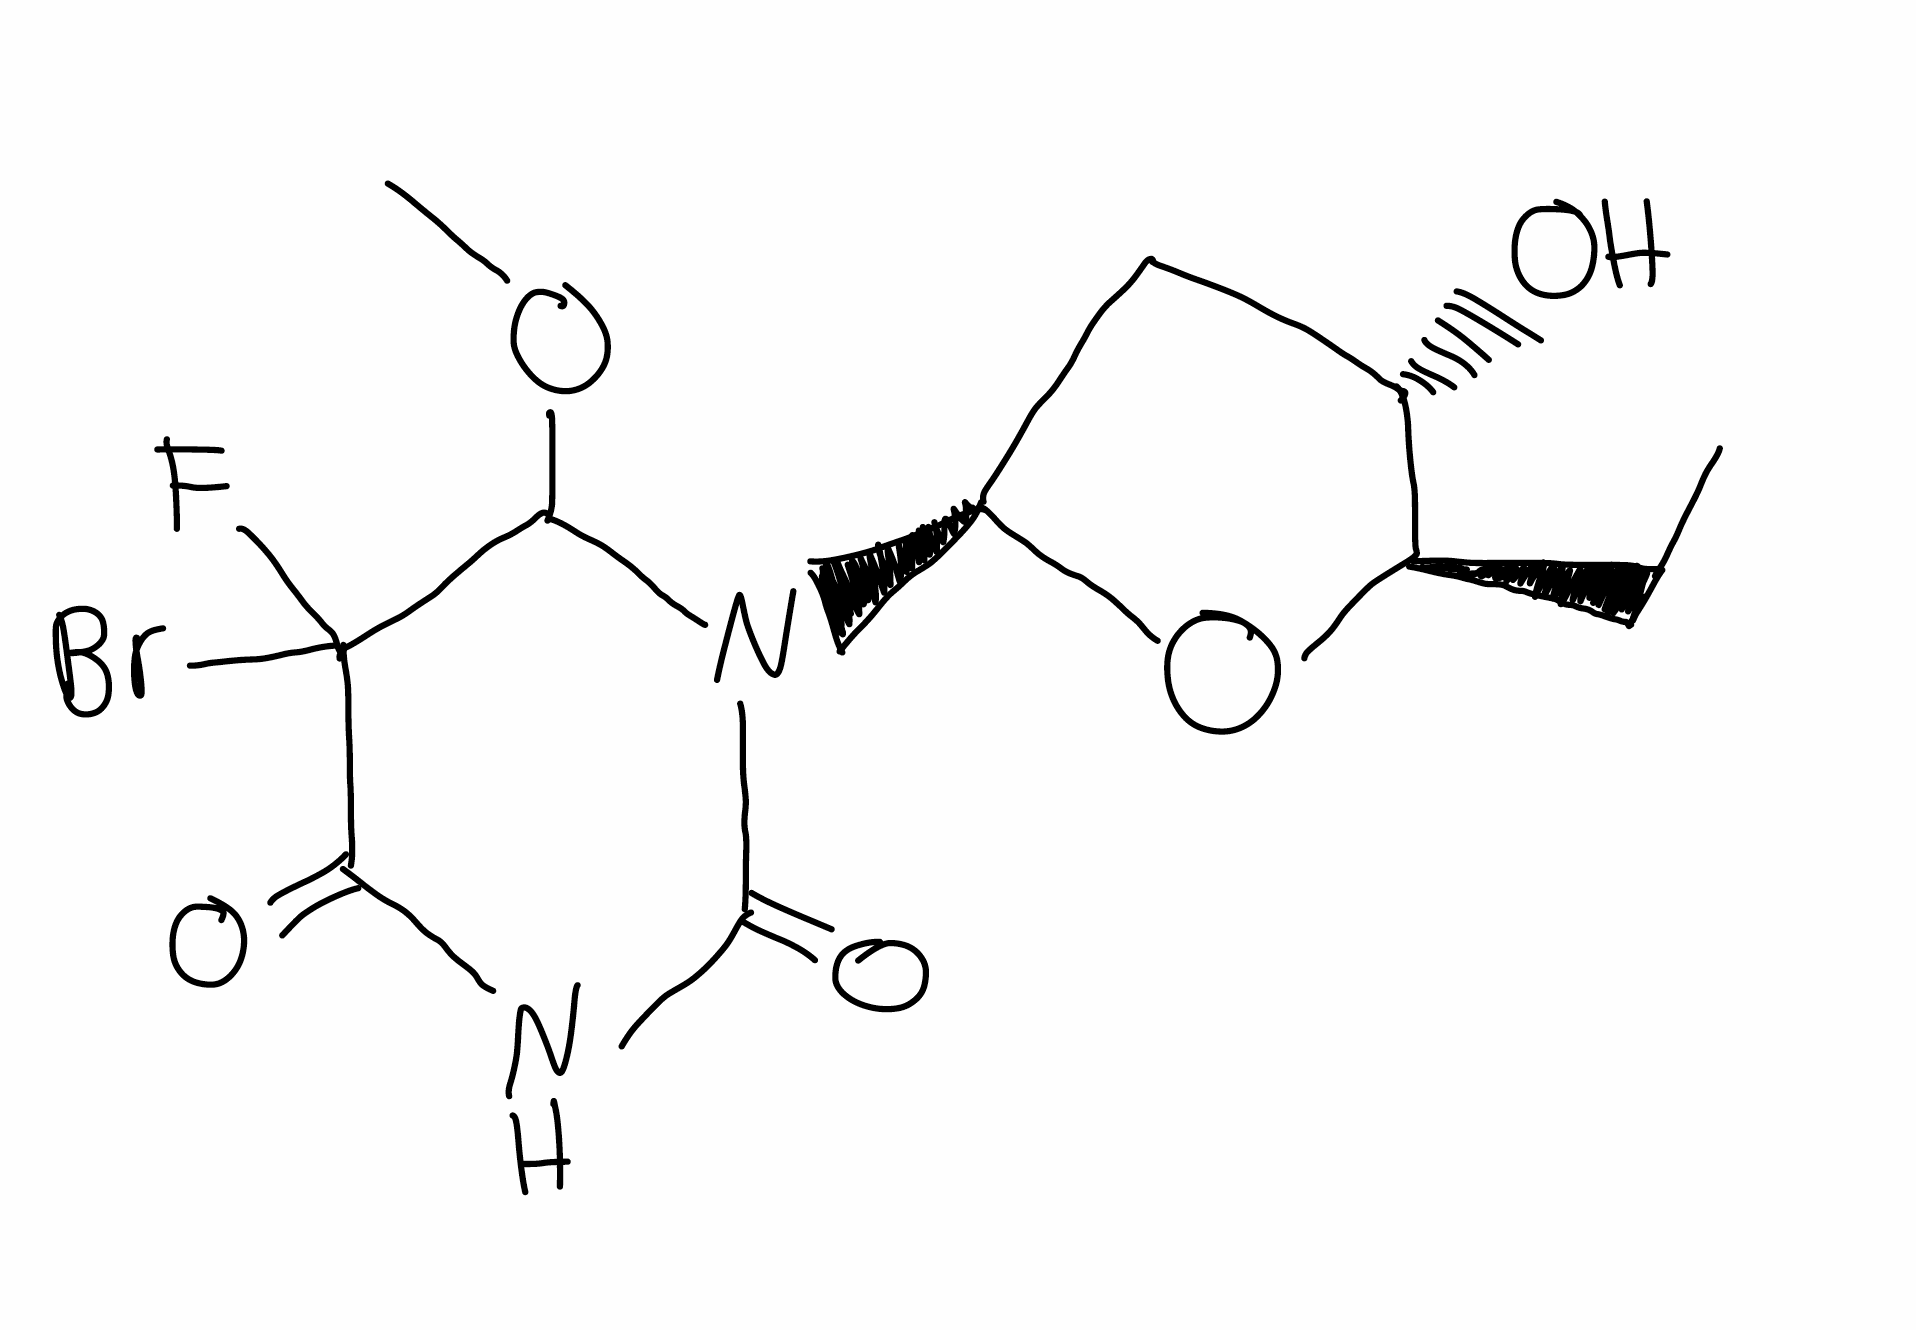
Simplified molecular-input line-entry system (SMILES) notation of the given molecule:
CC[C@@H]1[C@H](C[C@@H](O1)N2C(C(C(=O)NC2=O)(F)Br)OC)O